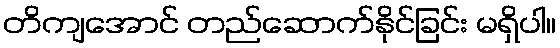
တိကျအောင် တည်ဆောက်နိုင်ခြင်း မရှိပါ။